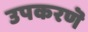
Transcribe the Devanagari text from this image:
उपकरणॆ